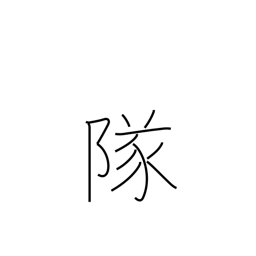
Meaning: company